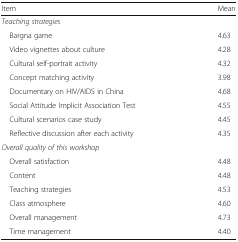
<table><thead><tr><td><b>Item</b></td><td><b>Mean</b></td></tr></thead><tbody><tr><td colspan="2"><i>Teaching strategies</i></td></tr><tr><td> Bargna game</td><td>4.63</td></tr><tr><td> Video vignettes about culture</td><td>4.28</td></tr><tr><td> Cultural self-portrait activity</td><td>4.32</td></tr><tr><td> Concept matching activity</td><td>3.98</td></tr><tr><td> Documentary on HIV/AIDS in China</td><td>4.68</td></tr><tr><td> Social Attitude Implicit Association Test</td><td>4.55</td></tr><tr><td> Cultural scenarios case study</td><td>4.45</td></tr><tr><td> Reflective discussion after each activity</td><td>4.35</td></tr><tr><td colspan="2"><i>Overall quality of this workshop</i></td></tr><tr><td> Overall satisfaction</td><td>4.48</td></tr><tr><td> Content</td><td>4.48</td></tr><tr><td> Teaching strategies</td><td>4.53</td></tr><tr><td> Class atmosphere</td><td>4.60</td></tr><tr><td> Overall management</td><td>4.73</td></tr><tr><td> Time management</td><td>4.40</td></tr></tbody></table>